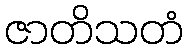
ဇာတိသတံ